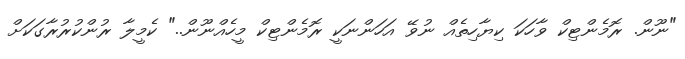
"ނޫން. ރޮމެންޓިކް ވާހަކަ ކިޔާހިތެއް ނުވޭ އަހަންނަކީ ރޮމެންޓިކް މީހެއްނޫން.." ކެމީލާ ރުންކުރުރާގަކަށް